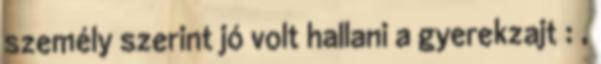
személy szerint jó volt hallani a gyerekzajt : ,